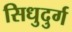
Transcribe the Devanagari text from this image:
सिधुदुर्ग